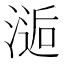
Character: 𰜫